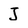
Character: J